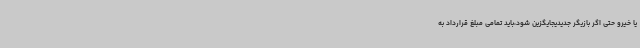
یا خیرو حتی اگر بازیگر جدیدیجایگزین شود،باید تمامی مبلغ قرارداد به